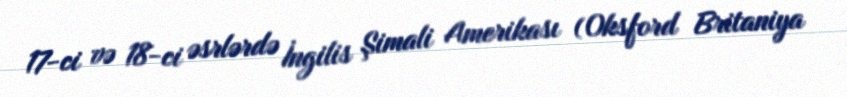
17-ci və 18-ci əsrlərdə İngilis Şimali Amerikası (Oksford Britaniya